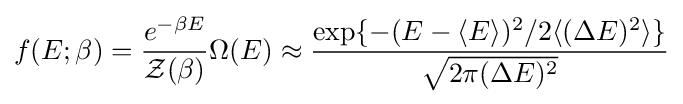
f(E;\beta )={\frac {e^{-\beta E}}{{\mathcal {Z}}(\beta )}}\Omega (E)\approx {\frac {\exp\{-(E-\langle E\rangle )^{2}/2\langle (\Delta E)^{2}\rangle \}}{\sqrt {2\pi (\Delta E)^{2}}}}